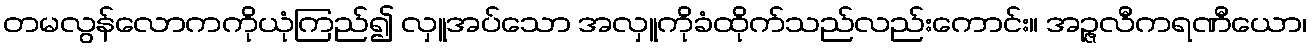
တမလွန်လောကကိုယုံကြည်၍ လှူအပ်သော အလှူကိုခံထိုက်သည်လည်းကောင်း။ အဉ္ဇလီကရဏီယော၊